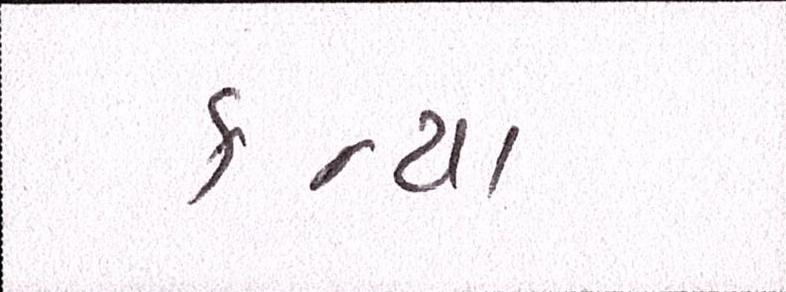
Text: કન્યા